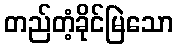
တည်တံ့ခိုင်မြဲသော